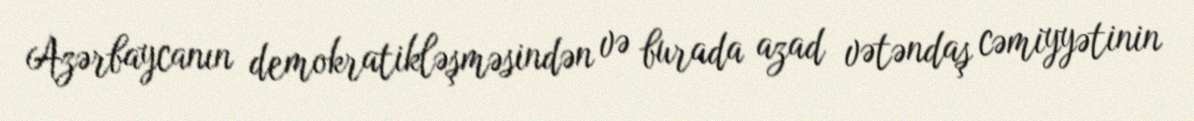
Azərbaycanın demokratikləşməsindən və burada azad vətəndaş cəmiyyətinin